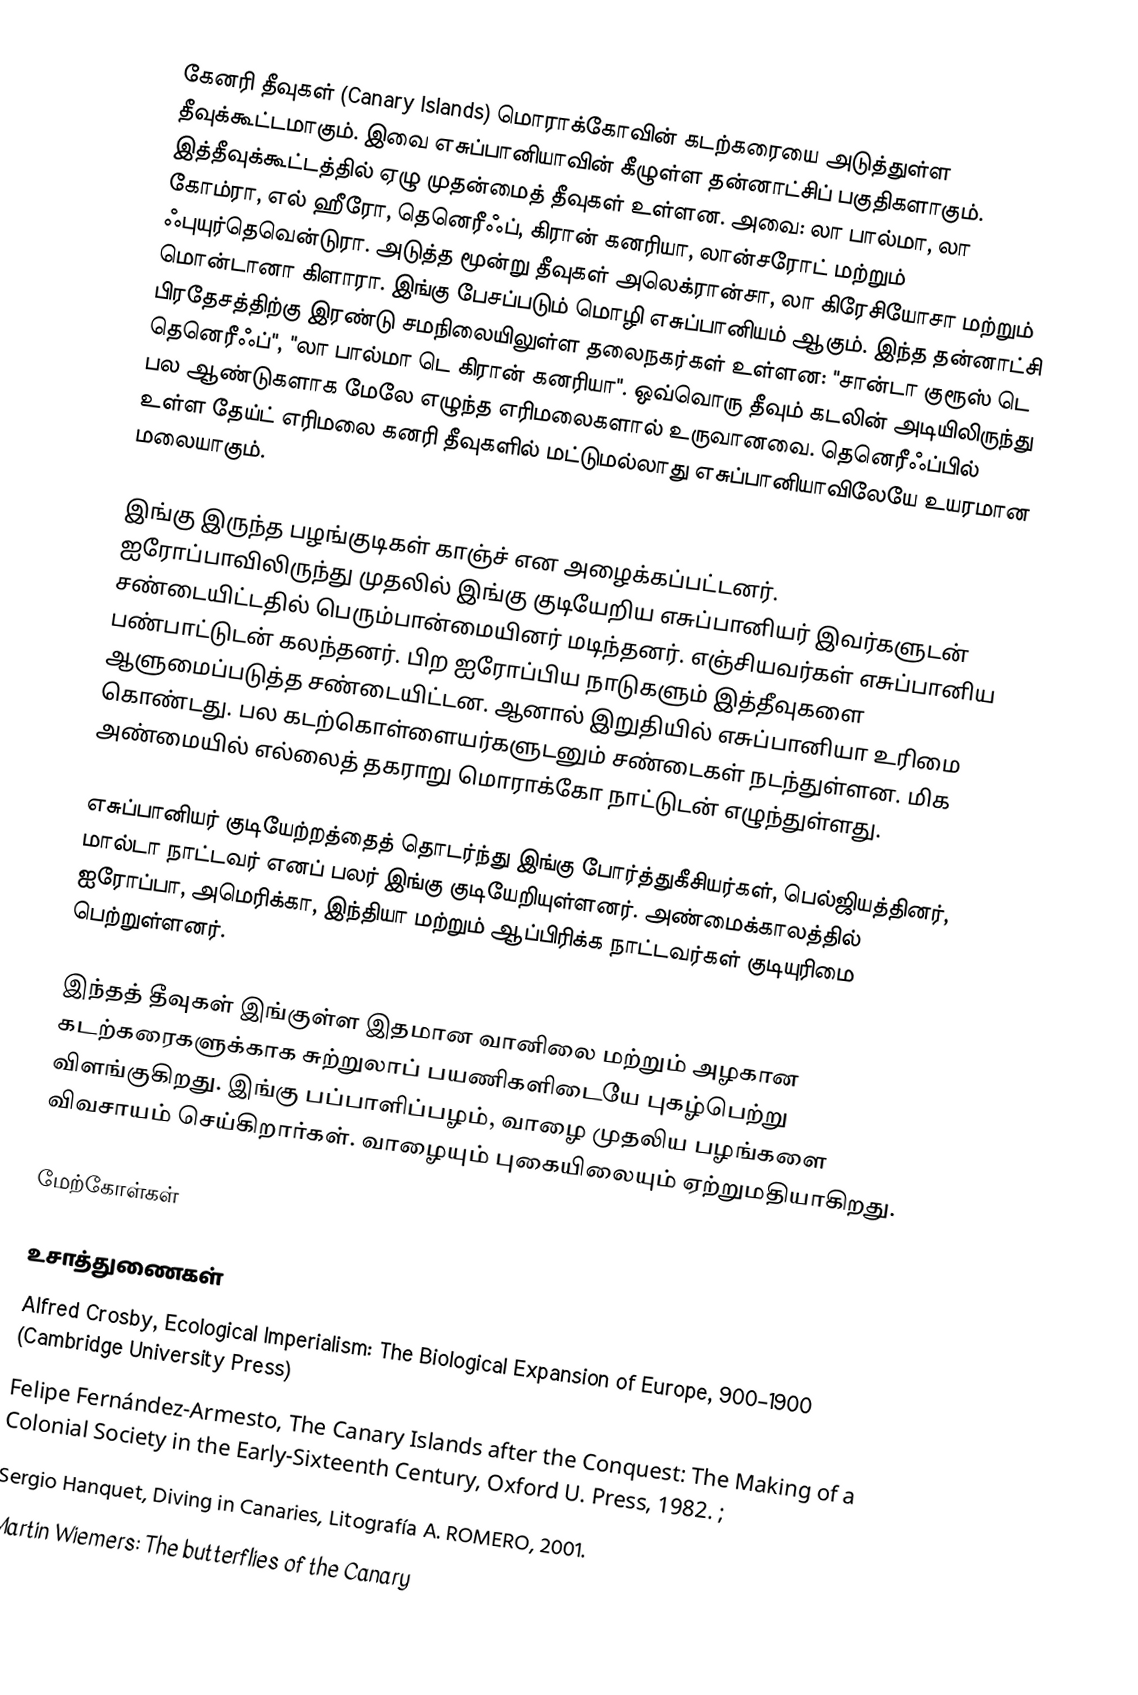
கேனரி தீவுகள் (Canary Islands) மொராக்கோவின் கடற்கரையை அடுத்துள்ள தீவுக்கூட்டமாகும். இவை எசுப்பானியாவின் கீழுள்ள தன்னாட்சிப் பகுதிகளாகும். இத்தீவுக்கூட்டத்தில் ஏழு முதன்மைத் தீவுகள் உள்ளன. அவை: லா பால்மா, லா கோம்ரா, எல் ஹீரோ, தெனெரீஃப், கிரான் கனரியா, லான்சரோட் மற்றும் ஃபுயுர்தெவென்டுரா. அடுத்த மூன்று தீவுகள் அலெக்ரான்சா, லா கிரேசியோசா மற்றும் மொன்டானா கிளாரா. இங்கு பேசப்படும் மொழி எசுப்பானியம் ஆகும். இந்த தன்னாட்சி பிரதேசத்திற்கு இரண்டு சமநிலையிலுள்ள தலைநகர்கள் உள்ளன: "சான்டா குரூஸ் டெ தெனெரீஃப்", "லா பால்மா டெ கிரான் கனரியா". ஒவ்வொரு தீவும் கடலின் அடியிலிருந்து பல ஆண்டுகளாக மேலே எழுந்த எரிமலைகளால் உருவானவை. தெனெரீஃப்பில் உள்ள தேய்ட் எரிமலை கனரி தீவுகளில் மட்டுமல்லாது எசுப்பானியாவிலேயே உயரமான மலையாகும்.

இங்கு இருந்த பழங்குடிகள் காஞ்ச் என அழைக்கப்பட்டனர். ஐரோப்பாவிலிருந்து முதலில் இங்கு குடியேறிய எசுப்பானியர் இவர்களுடன் சண்டையிட்டதில் பெரும்பான்மையினர் மடிந்தனர். எஞ்சியவர்கள் எசுப்பானிய பண்பாட்டுடன் கலந்தனர். பிற ஐரோப்பிய நாடுகளும் இத்தீவுகளை ஆளுமைப்படுத்த சண்டையிட்டன. ஆனால் இறுதியில் எசுப்பானியா உரிமை கொண்டது. பல கடற்கொள்ளையர்களுடனும் சண்டைகள் நடந்துள்ளன. மிக அண்மையில் எல்லைத் தகராறு மொராக்கோ நாட்டுடன் எழுந்துள்ளது.

எசுப்பானியர் குடியேற்றத்தைத் தொடர்ந்து இங்கு போர்த்துகீசியர்கள், பெல்ஜியத்தினர், மால்டா நாட்டவர் எனப் பலர் இங்கு குடியேறியுள்ளனர். அண்மைக்காலத்தில் ஐரோப்பா, அமெரிக்கா, இந்தியா மற்றும் ஆப்பிரிக்க நாட்டவர்கள் குடியுரிமை பெற்றுள்ளனர்.

இந்தத் தீவுகள் இங்குள்ள இதமான வானிலை மற்றும் அழகான கடற்கரைகளுக்காக சுற்றுலாப் பயணிகளிடையே புகழ்பெற்று விளங்குகிறது. இங்கு பப்பாளிப்பழம், வாழை முதலிய பழங்களை விவசாயம் செய்கிறார்கள். வாழையும் புகையிலையும் ஏற்றுமதியாகிறது.

மேற்கோள்கள்

உசாத்துணைகள்
 Alfred Crosby, Ecological Imperialism: The Biological Expansion of Europe, 900–1900 (Cambridge University Press)
 Felipe Fernández-Armesto, The Canary Islands after the Conquest: The Making of a Colonial Society in the Early-Sixteenth Century, Oxford U. Press, 1982. ;
 Sergio Hanquet, Diving in Canaries, Litografía A. ROMERO, 2001.
 Martin Wiemers: The butterflies of the Canary